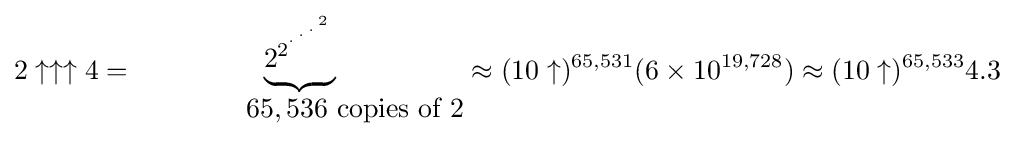
2\uparrow \uparrow \uparrow 4={\begin{matrix}\underbrace {2_{}^{2^{{}^{.\,^{.\,^{.\,^{2}}}}}}} \\\qquad \quad \ \ \ 65,536{\mbox{ copies of }}2\end{matrix}}\approx (10\uparrow )^{65,531}(6\times 10^{19,728})\approx (10\uparrow )^{65,533}4.3